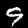
Label: 9